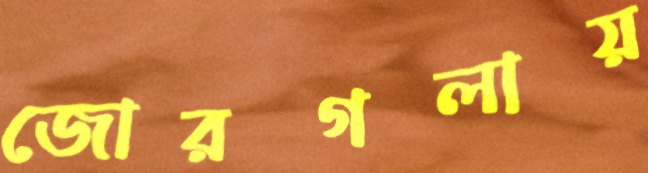
জোরগলায়